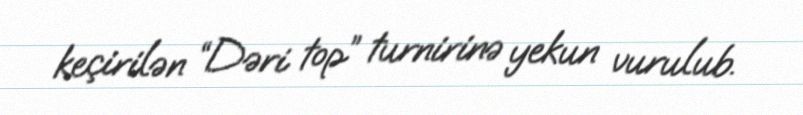
keçirilən “Dəri top” turnirinə yekun vurulub.